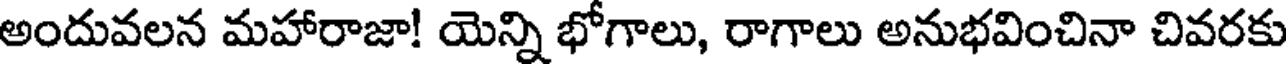
అందువలన మహారాజా! యెన్ని భోగాలు, రాగాలు అనుభవించినా చివరకు